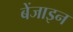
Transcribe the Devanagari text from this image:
बेंजाइन